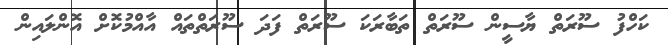
ކަހްފު ސޫރަތް ޔާސީން ސޫރަތް ތަބާރަކަ ސޫރަތް ފަދަ ސޫރަތްތައް އާއްމުކޮށް އޮންލައިން